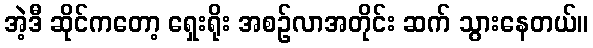
အဲ့ဒီ ဆိုင်ကတော့ ရှေးရိုး အစဉ်လာအတိုင်း ဆက် သွားနေတယ်။